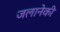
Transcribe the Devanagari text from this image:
जलानेकी